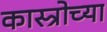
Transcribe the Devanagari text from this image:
कास्त्रोच्या